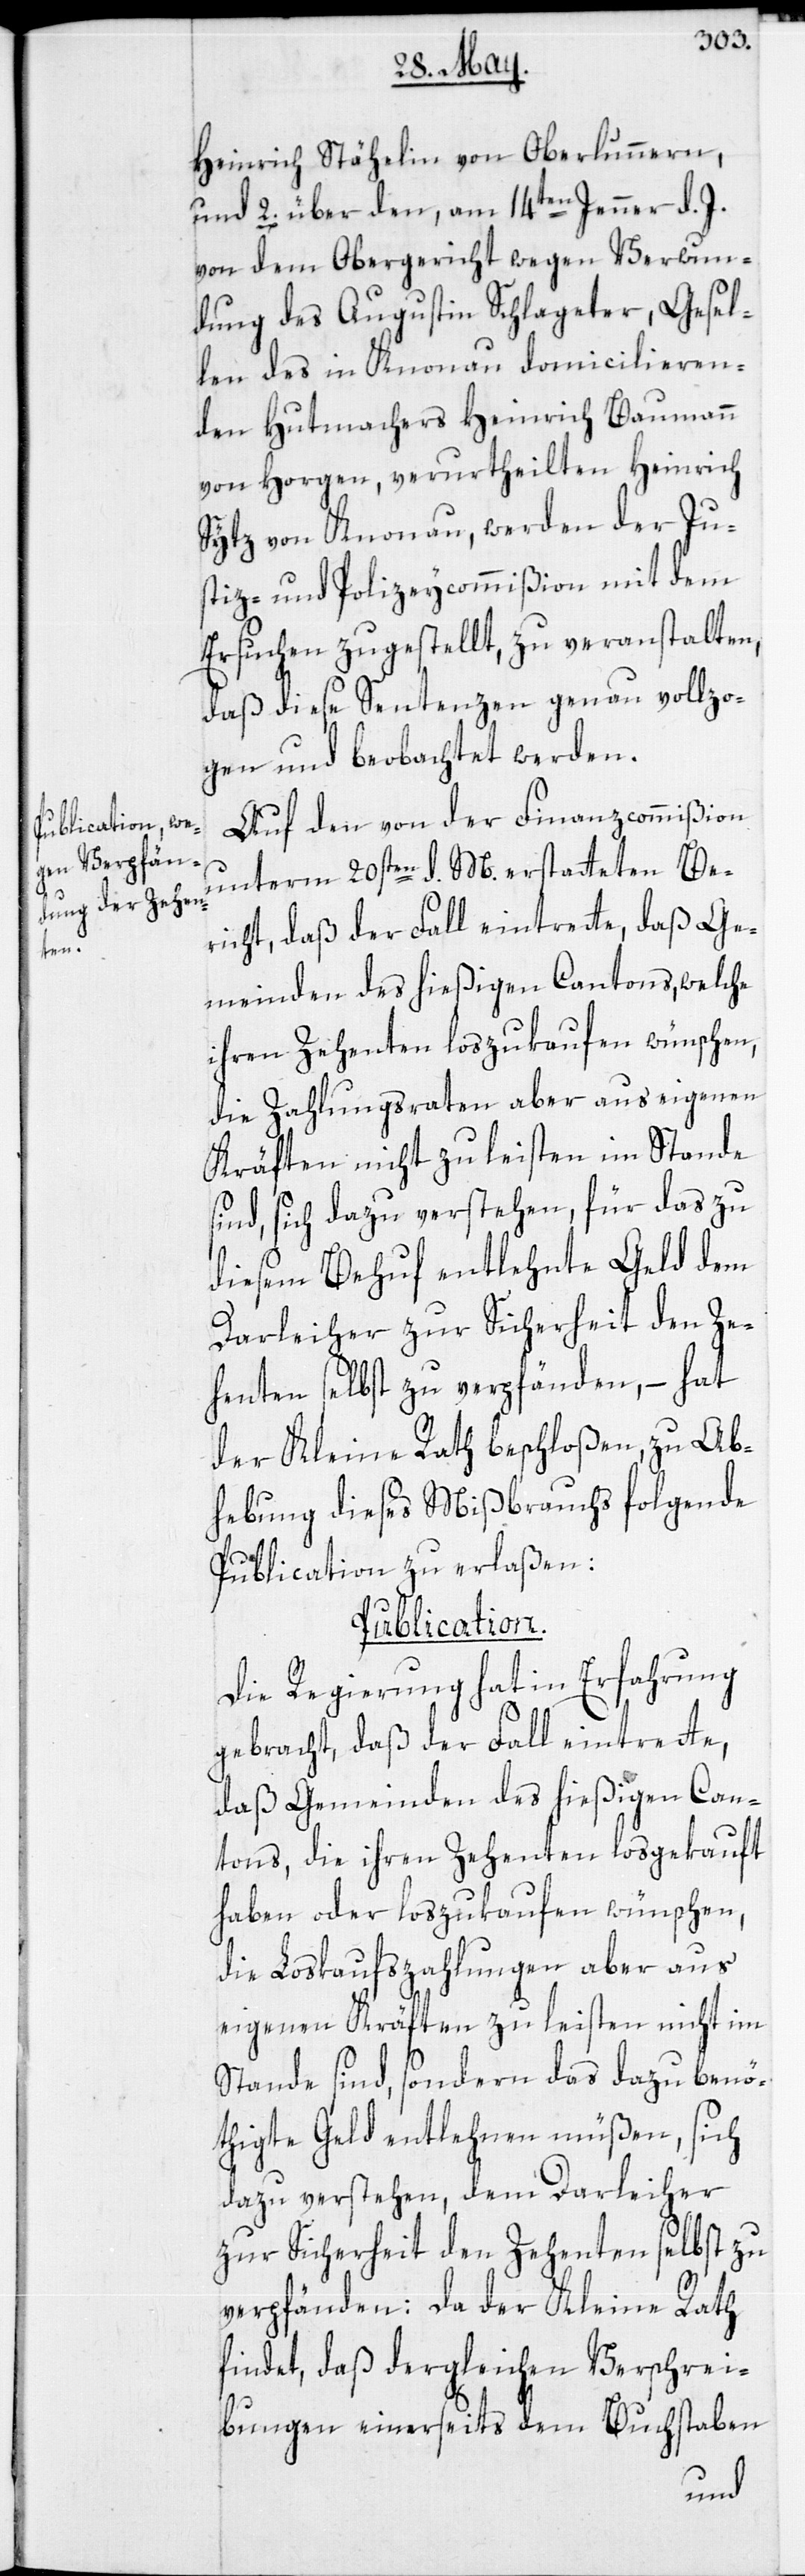
Heinrich Stähelin von Oberlunnern,
und 2. über den, am 14ten Jenner d. J.
von dem Obergericht wegen Verwun¬
dung des Augustin Schlageter, Gesel¬
len des in Knonau domicilieren¬
den Hutmachers Heinrich Baumann
von Horgen, verurtheilten Heinrich
Sytz von Knonau, werden der Ju¬
stiz- und Polizeycommißion mit dem
Ersuchen zugestellt, zu veranstalten,
daß diese Sentenzen genau vollzo¬
gen und beobachtet werden.
Auf den von der Finanzcommißion
unterm 20sten d. M. erstatteten Be¬
richt, daß der Fall eintrette, daß Ge¬
meinden des hießigen Cantons, welche
ihren Zehenten loszukaufen wünschen,
die Zahlungsraten aber aus eigenen
Kräften nicht zu leisten im Stande
sind, sich dazu verstehen, für das zu
diesem Behuf entlehnte Geld dem
Darleiher zur Sicherheit den Ze¬
henten selbst zu verpfänden, – hat
der Kleine Rath beschloßen, zu Ab¬
hebung dieses Mißbrauchs folgende
Publication zu erlaßen:
Publication.
Die Regierung hat in Erfahrung
gebracht, daß der Fall eintrette,
daß Gemeinden des hießigen Can¬
tons, die ihren Zehenten losgekauft
haben oder loszukaufen wünschen,
die Loskaufszahlungen aber aus
eigenen Kräften zu leisten nicht im
Stande sind, sondern das dazu benö¬
thigte Geld entlehnen müßen, sich
dazu verstehen, dem Darleiher
zur Sicherheit den Zehenten selbst zu
verpfänden: Da der Kleine Rath
findet, daß dergleichen Verschrei¬
bungen einerseits dem Buchstaben